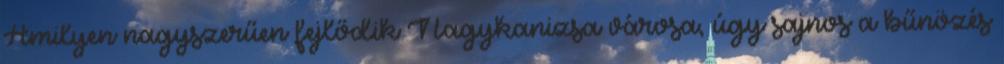
Amilyen nagyszerűen fejlődik Nagykanizsa városa, úgy sajnos a bűnözés